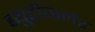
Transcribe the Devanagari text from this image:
ब्युटीपार्लर